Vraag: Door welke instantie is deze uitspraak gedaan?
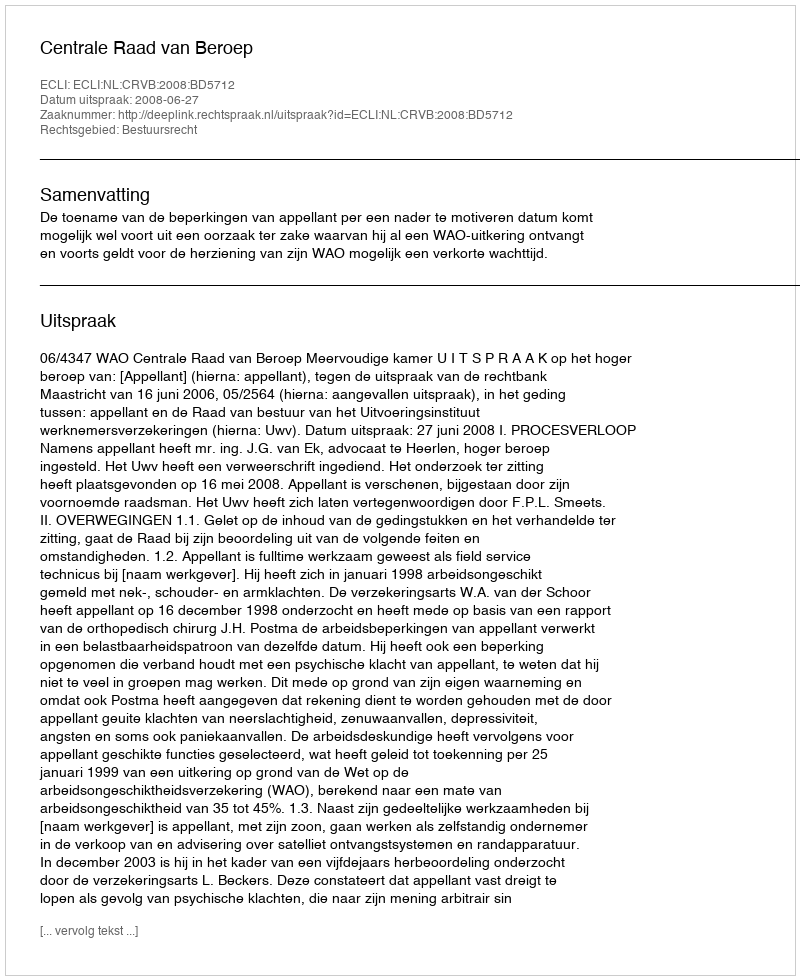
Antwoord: Centrale Raad van Beroep